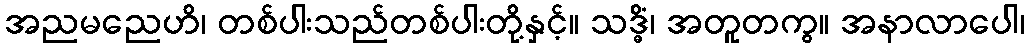
အညမညေဟိ၊ တစ်ပါးသည်တစ်ပါးတို့နှင့်။ သဒ္ဓိံ၊ အတူတကွ။ အနာလာပေါ၊